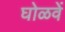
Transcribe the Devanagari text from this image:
घोळवें